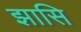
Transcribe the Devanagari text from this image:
झासि